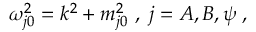
\omega _ { j 0 } ^ { 2 } = k ^ { 2 } + m _ { j 0 } ^ { 2 } \, \, , \; j = A , B , \psi \; ,